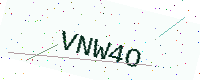
Text: VNW4O